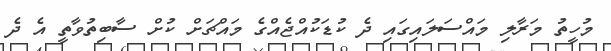
މުހީތު މަރާލި މައްސަލައިގައި ދެ ކުޑަކުއްޖެއްގެ މައްޗަށް ކުށް ސާބިތުވާތީ އެ ދެ